Vaccination in Bombay 1874-1876 - 1874-1876
Year: 1874
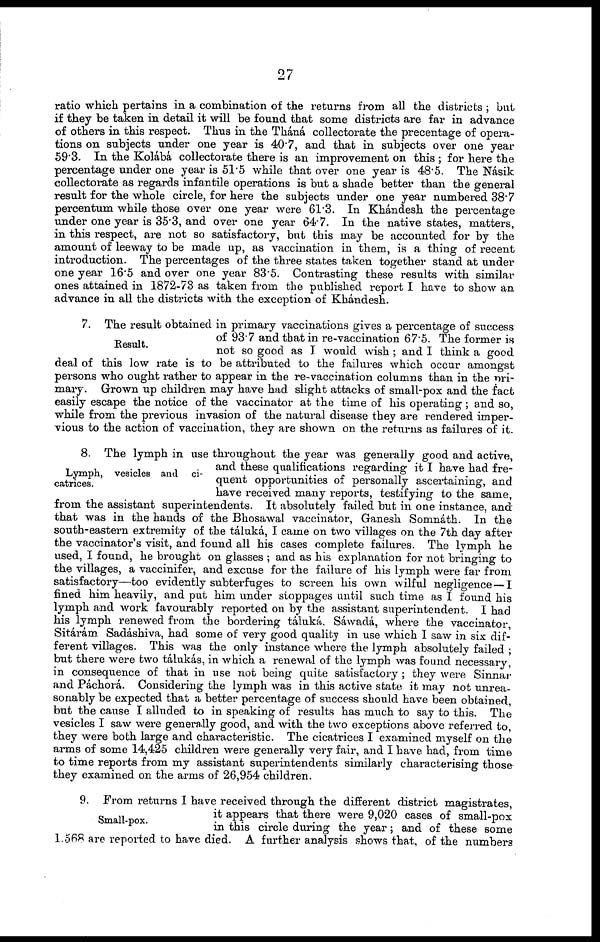
27
ratio which pertains in a combination of the returns from all the districts ; but
if they be taken in detail it will be found that some districts are far in advance
of others in this respect. Thus in the Tháná collectorate the precentage of opera-
tions on subjects under one year is 40.7, and that in subjects over one year
59.3. In the Kolábá collectorate there is an improvement on this ; for here the
percentage under one year is 51.5 while that over one year is 48.5. The Násik
collectorate as regards infantile operations is but a shade better than the general
result for the whole circle, for here the subjects under one year numbered 38.7
percentum while those over one year were 61.3. In Khándesh the percentage
under one year is 35.3, and over one year 64.7. In the native states, matters,
in this respect, are not so satisfactory, but this may be accounted for by the
amount of leeway to be made up, as vaccination in them, is a thing of recent
introduction. The percentages of the three states taken together stand at under
one year 16.5 and over one year 83.5. Contrasting these results with similar
ones attained in 1872-73 as taken from the published report I have to show an
advance in all the districts with the exception of Khándesh.
Result.
7. The result obtained in primary vaccinations gives a percentage of success
of 93.7 and that in re-vaccination 67.5. The former is
not so good as I would wish ; and I think a good
deal of this low rate is to be attributed to the failures which occur amongst
persons who ought rather to appear in the re-vaccination columns than in the pri¬
mary. Grown up children may have had slight attacks of small-pox and the fact
easily escape the notice of the vaccinator at the time of his operating ; and so,
while from the previous invasion of the natural disease they are rendered imper-
vious to the action of vaccination, they are shown on the returns as failures of it.
Lymph, vesicles and ci-
catrices.
8. The lymph in use throughout the year was generally good and active,
and these qualifications regarding it I have had fre-
quent opportunities of personally ascertaining, and
have received many reports, testifying to the same,
from the assistant superintendents. It absolutely failed but in one instance, and
that was in the hands of the Bhosawal vaccinator, Ganesh Somnáth. In the
south-eastern extremity of the táluká, I came on two villages on the 7th day after
the vaccinator's visit, and found all his cases complete failures. The lymph he
used, I found, he brought on glasses ; and as his explanation for not bringing to
the villages, a vaccinifer, and excuse for the failure of his lymph were far from
satisfactory—too evidently subterfuges to screen his own wilful negligence — I
fined him heavily, and put him under stoppages until such time as I found his
lymph and work favourably reported on by the assistant superintendent. I had
his lymph renewed from the bordering táluká. Sáwadá, where the vaccinator,
Sitárám Sadáshiva, had some of very good quality in use which I saw in six dif-
ferent villages. This was the only instance where the lymph absolutely failed ;
but there were two tálukás, in which a renewal of the lymph was found necessary,
in consequence of that in use not being quite satisfactory ; they were Sinnar
and Páchorá. Considering the lymph was in this active state it may not unrea-
sonably be expected that a better percentage of success should have been obtained,
but the cause I alluded to in speaking of results has much to say to this. The
vesicles I saw were generally good, and with the two exceptions above referred to,
they were both large and characteristic. The cicatrices I examined myself on the
arms of some 14,425 children were generally very fair, and I have had, from time
to time reports from my assistant superintendents similarly characterising those
they examined on the arms of 26,954 children.
Small-pox.
9. From returns I have received through the different district magistrates,
it appears that there were 9,020 cases of small-pox
in this circle during the year; and of these some
1,568 are reported to have died. A further analysis shows that, of the numbers